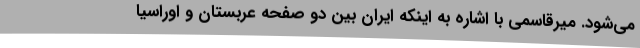
می‌شود. میرقاسمی با اشاره به اینکه ایران بین دو صفحه عربستان و اوراسیا